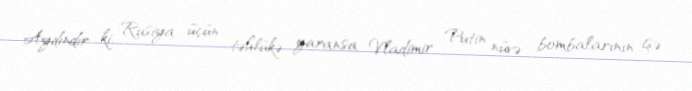
Aydındır ki, Rusiya üçün təhlükə yaransa Vladimir Putin nüvə bombalarının işə